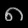
Digit: ၈